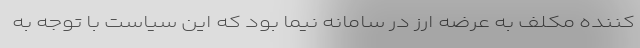
کننده مکلف به عرضه ارز در سامانه نیما بود که این سیاست با توجه به